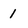
Character: 1